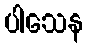
ပါသေန